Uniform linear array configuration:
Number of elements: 24
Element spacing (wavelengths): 1
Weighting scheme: binomial
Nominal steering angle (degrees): -45
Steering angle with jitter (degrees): -43.401
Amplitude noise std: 0.05
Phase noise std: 0.05

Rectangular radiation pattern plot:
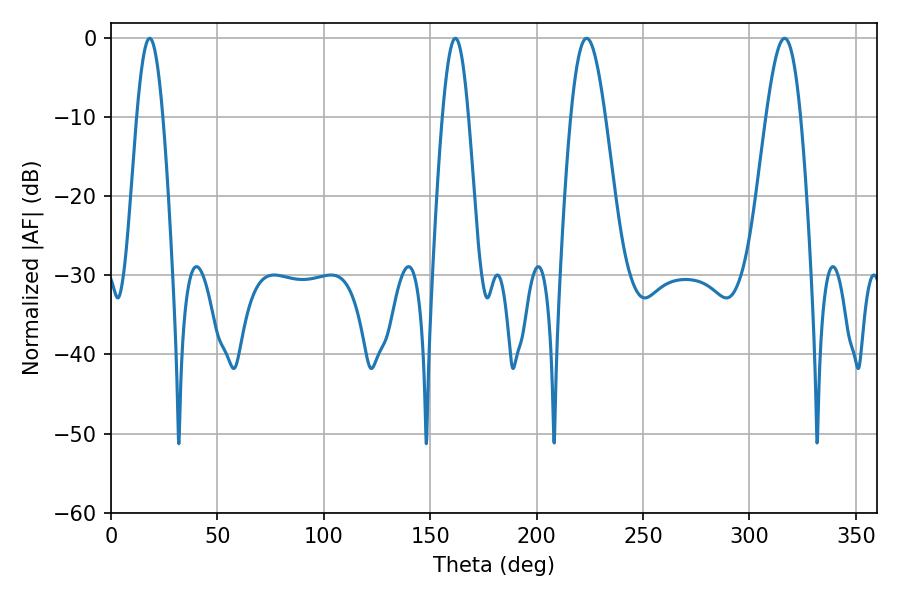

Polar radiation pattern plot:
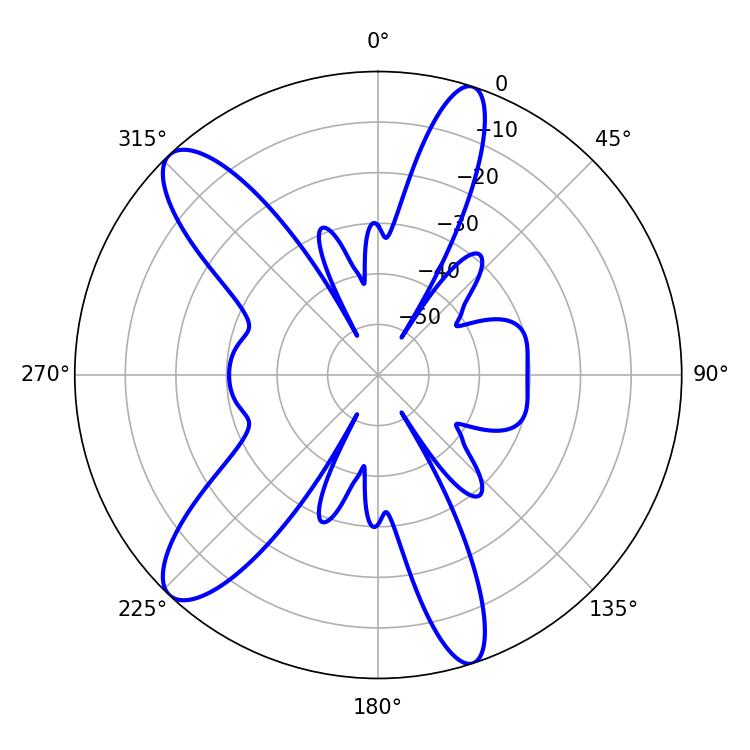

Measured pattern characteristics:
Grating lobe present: TRUE
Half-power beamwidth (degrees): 6.48
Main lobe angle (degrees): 18.18